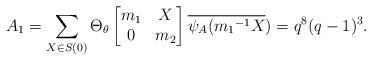
LaTeX: \begin{align*} A_{1}=\sum_{X \in S(0)}\Theta_{\theta} \begin{bmatrix} m_{1} & X\\ 0 & m_{2}\end{bmatrix}\overline{\psi_A({m_{1}}^{-1}X})=q^{8}(q-1)^{3}.\end{align*}